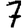
Digit: 7